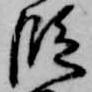
段